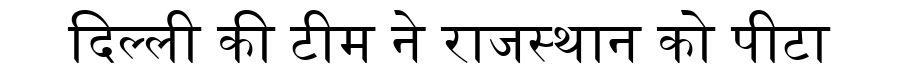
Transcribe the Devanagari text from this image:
दिल्ली की टीम ने राजस्थान को पीटा